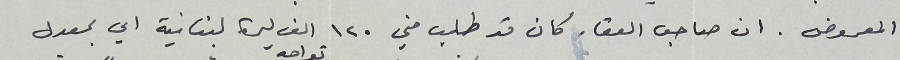
المعروض . ان صاحب العقار كان قد طلب مني ١٢٠ الف ليرة لبنانية اي بمعدل